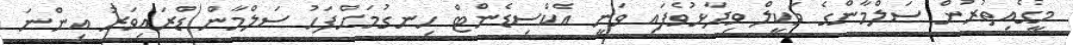
މީގެއިތުރުން ސަލްމާންގެ ވަކީލް ވިދާޅުވެފައި ވަނީ އެކްސިޑެންޓް ހިނގުމަށްފަހު ސަލްމާން ޑްރައިވަރު އިންނަ